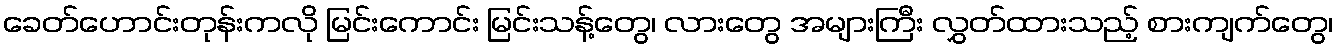
ခေတ်ဟောင်းတုန်းကလို မြင်းကောင်း မြင်းသန့်တွေ၊ လားတွေ အများကြီး လွှတ်ထားသည့် စားကျက်တွေ၊